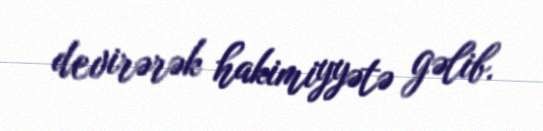
devirərək hakimiyyətə gəlib.